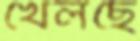
খেলছে